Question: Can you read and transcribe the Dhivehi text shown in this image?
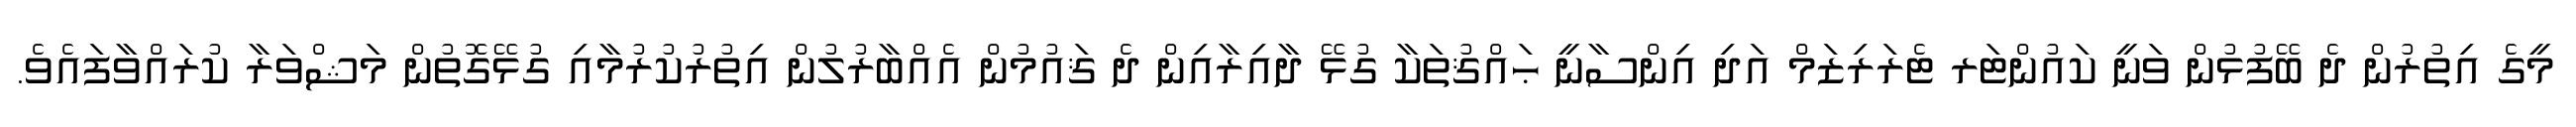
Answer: މީގެ އިތުރުން ދެ ބޭފުޅުން ވަނީ ކައުންޓަރ ޓެރަރިޒަމް އަދި އިންސާނީ ޙައްޤުތަކާ ގުޅޭ ދާއިރާއިން ދެ ޤައުމުން އެއްބާރުލުން އިތުރުކުރުމާއި ގުޅޭގޮތުން މަޝްވަރާ ކުރައްވާފައެވެ.